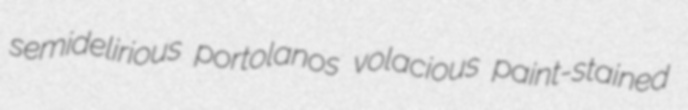
semidelirious portolanos volacious paint-stained